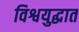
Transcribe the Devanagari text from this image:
विश्वयुद्धात